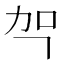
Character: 㔖